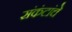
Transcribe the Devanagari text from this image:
संकंटांचे